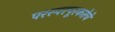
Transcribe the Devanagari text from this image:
परस्परपूरकतेचे